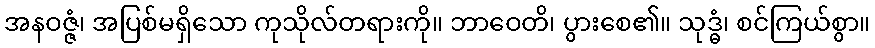
အနဝဇ္ဇံ၊ အပြစ်မရှိသော ကုသိုလ်တရားကို။ ဘာဝေတိ၊ ပွားစေ၏။ သုဒ္ဓံ၊ စင်ကြယ်စွာ။